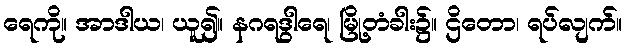
ရေကို။ အာဒါယ၊ ယူ၍။ နဂရဒွါရေ၊ မြို့တံခါး၌။ ဌိတော၊ ရပ်လျက်။